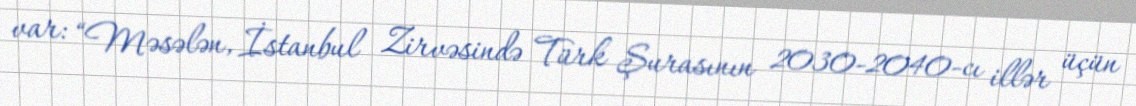
var: “Məsələn, İstanbul Zirvəsində Türk Şurasının 2030-2040-cı illər üçün